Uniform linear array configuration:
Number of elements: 24
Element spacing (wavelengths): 1
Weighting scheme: blackman
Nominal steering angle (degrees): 60
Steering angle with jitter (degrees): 58.81
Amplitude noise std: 0.05
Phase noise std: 0.05

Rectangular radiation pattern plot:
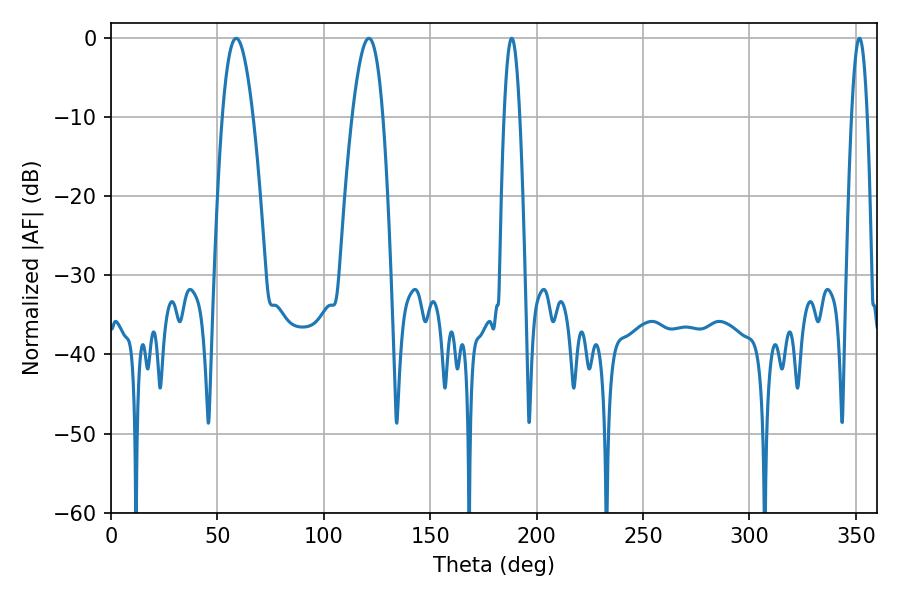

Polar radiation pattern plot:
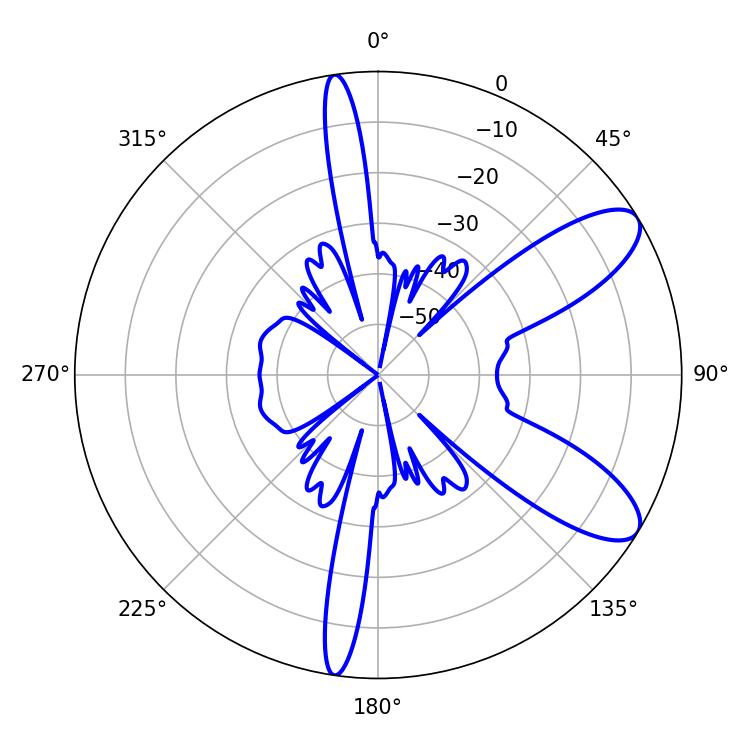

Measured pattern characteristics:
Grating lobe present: TRUE
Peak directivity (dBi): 9.331
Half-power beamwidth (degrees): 7.92
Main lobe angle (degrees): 58.86